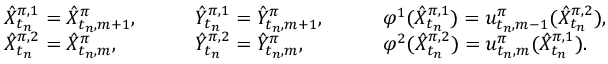
\begin{array} { r l r l r l r } & { \hat { X } _ { t _ { n } } ^ { \pi , 1 } = \hat { X } _ { t _ { n } , m + 1 } ^ { \pi } , } & { \quad } & { \hat { Y } _ { t _ { n } } ^ { \pi , 1 } = \hat { Y } _ { t _ { n } , m + 1 } ^ { \pi } , } & { \quad } & { \varphi ^ { 1 } ( \hat { X } _ { t _ { n } } ^ { \pi , 1 } ) = u _ { t _ { n } , m - 1 } ^ { \pi } ( \hat { X } _ { t _ { n } } ^ { \pi , 2 } ) , } & \\ & { \hat { X } _ { t _ { n } } ^ { \pi , 2 } = \hat { X } _ { t _ { n } , m } ^ { \pi } , } & { \quad } & { \hat { Y } _ { t _ { n } } ^ { \pi , 2 } = \hat { Y } _ { t _ { n } , m } ^ { \pi } , } & { \quad } & { \varphi ^ { 2 } ( \hat { X } _ { t _ { n } } ^ { \pi , 2 } ) = u _ { t _ { n } , m } ^ { \pi } ( \hat { X } _ { t _ { n } } ^ { \pi , 1 } ) . } & \end{array}